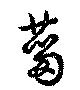
菑